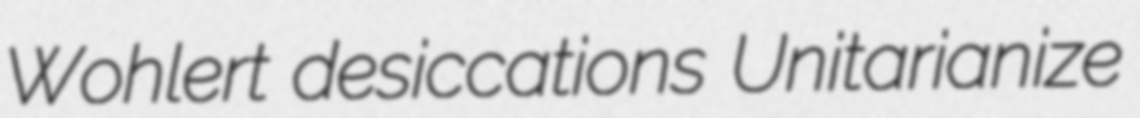
Wohlert desiccations Unitarianize